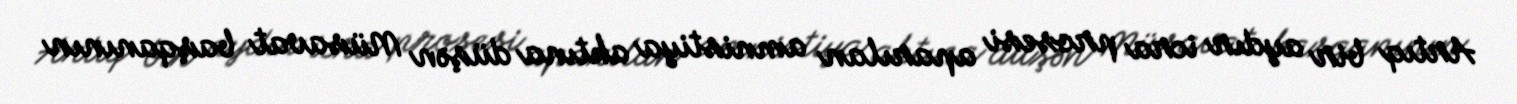
Artıq bir aydır icra prosesi aparılan amnistiya aktına düşən Müsavat başqanının